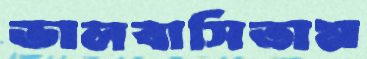
ভালবাসিতাম